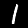
Label: 1